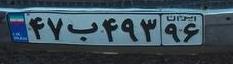
۴۷ب۴۹۳۹۶